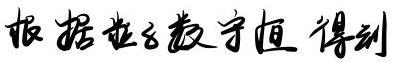
根据粒子数守恒 得到